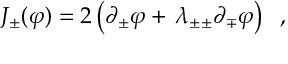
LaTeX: J _ { \pm } ( \varphi ) = 2 \left( \partial _ { \pm } \varphi + \, \lambda _ { \pm \pm } \partial _ { \mp } \varphi \right) \; \; ,